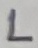
Text: L